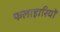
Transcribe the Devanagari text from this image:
फलाहारियों